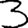
Digit: 3